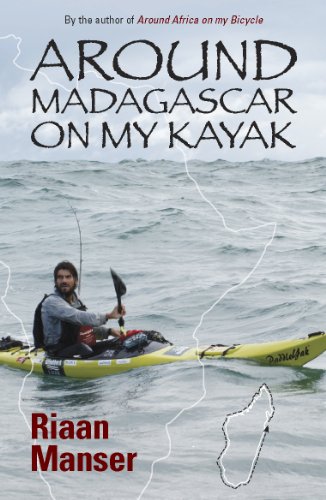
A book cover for Around Madagascar on my Kayak; Riaan Manser; Travel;